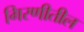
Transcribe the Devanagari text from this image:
गिरणीतील